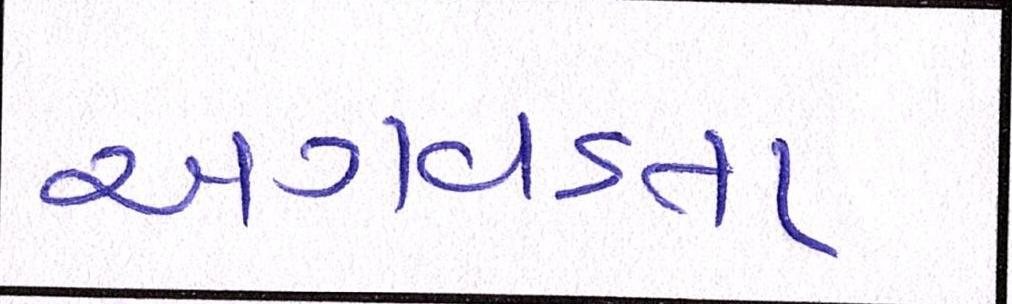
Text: અગવડતા